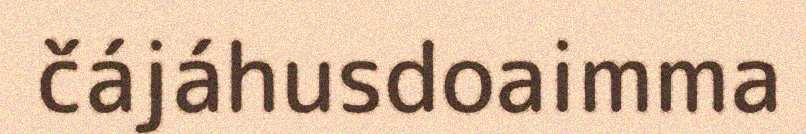
čájáhusdoaimma